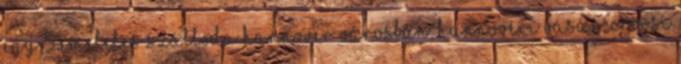
egy 5 emeletes szálloda Hannover városban, Hannoveri vásár, Orvosi